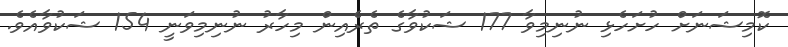
ކޮމިޝަނަށް ހުށަހެޅި ނުނިމިވާ 177 ޝަކުވާގެ ތެރެއިން މިހާރު ނުނިމިވަނީ 154 ޝަކުވާއެވެ.